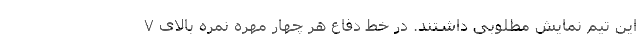
این تیم نمایش مطلوبی داشتند. در خط دفاع هر چهار مهره نمره بالای ۷